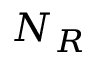
N _ { R }